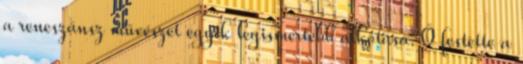
a reneszánsz művészet egyik legismertebb alkotása. Ő festette a